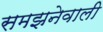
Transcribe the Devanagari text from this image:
समझनेवाली